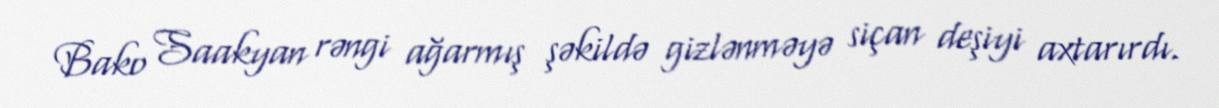
Bako Saakyan rəngi ağarmış şəkildə gizlənməyə siçan deşiyi axtarırdı.